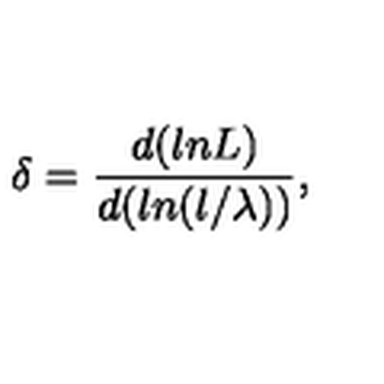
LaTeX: \delta = \frac { d ( l n L ) } { d ( l n ( l / \lambda ) ) } ,